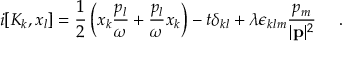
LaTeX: i [ K _ { k } , x _ { l } ] = \frac { 1 } { 2 } \left( x _ { k } \frac { p _ { l } } { \omega } + \frac { p _ { l } } { \omega } x _ { k } \right) - t \delta _ { k l } + \lambda \epsilon _ { k l m } \frac { p _ { m } } { | { \bf p } | ^ { 2 } } ~ ~ ~ ~ .